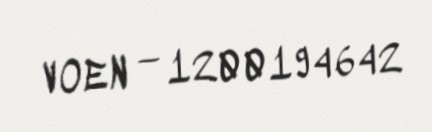
VOEN — 1200194642